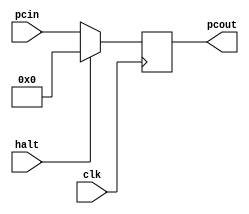
module PC(clk, halt, pcin, pcout);

input clk;
input halt;
input [31:0]pcin;
output reg [31:0]pcout;

always @(posedge clk)
begin
if(halt)
pcout<=32'h00000000;
else
pcout<=pcin;
end
endmodule